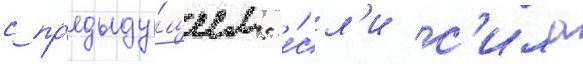
с пр'едыду́щим: е́сл'и с'ила